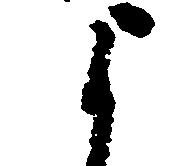
よ